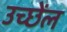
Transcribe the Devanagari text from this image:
उच्छेंल